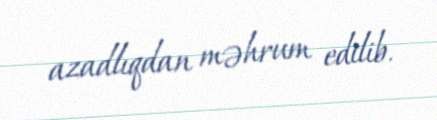
azadlıqdan məhrum edilib.